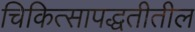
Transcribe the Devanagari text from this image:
चिकित्सापद्धतीतील